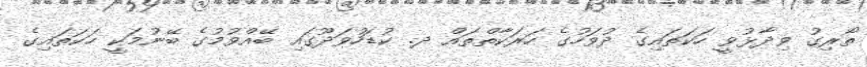
ތޯރިގު ވިދާޅުވީ ހަކަތައިގެ ދުވަހުގެ ހަރަކާތްތައް ދ. ކުޑަހުވަދޫގައި ބޭއްވުމުގެ ބޭނުމަކީ ހަކަތައިގެ